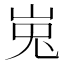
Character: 𰎘